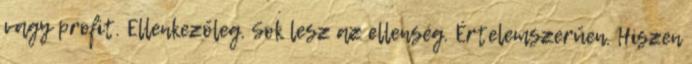
vagy profit. Ellenkezőleg. Sok lesz az ellenség. Értelemszerűen. Hiszen